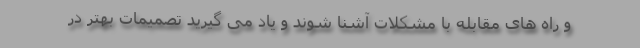
و راه های مقابله با مشکلات آشنا شوند و یاد می گیرید تصمیمات بهتر در